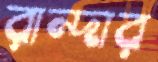
রান্দার